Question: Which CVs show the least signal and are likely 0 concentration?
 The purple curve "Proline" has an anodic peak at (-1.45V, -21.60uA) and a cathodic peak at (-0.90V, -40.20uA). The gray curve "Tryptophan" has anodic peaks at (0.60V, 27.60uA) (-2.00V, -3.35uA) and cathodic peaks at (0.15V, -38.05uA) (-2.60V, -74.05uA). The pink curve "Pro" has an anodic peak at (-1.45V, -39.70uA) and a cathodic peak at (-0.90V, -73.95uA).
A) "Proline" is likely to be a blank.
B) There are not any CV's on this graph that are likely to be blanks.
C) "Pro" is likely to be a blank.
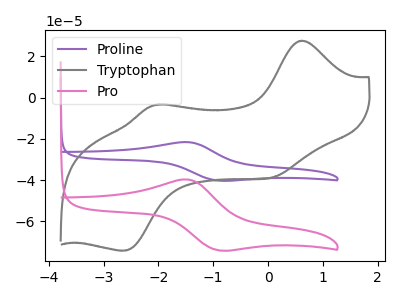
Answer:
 <answer>B) There are not any CV's on this graph that are likely to be blanks.</answer>
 <eval>B</eval>